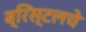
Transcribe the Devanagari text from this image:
ब्रिस्टलचे